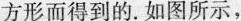
方形而得到的。如图所示，